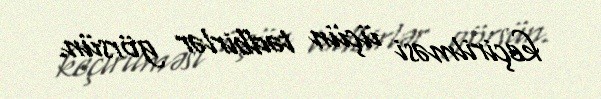
keçirilməsi üçün tədbirlər görsün.